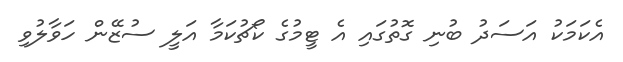
އެކަމަކު އަސަދު ބުނި ގޮތުގައި އެ ޓީމުގެ ކޯޗުކަމާ އަލީ ސުޒޭން ހަވާލުވި